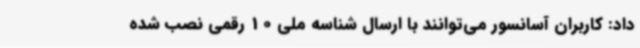
داد: کاربران آسانسور می‌توانند با ارسال شناسه ملی 10 رقمی نصب شده